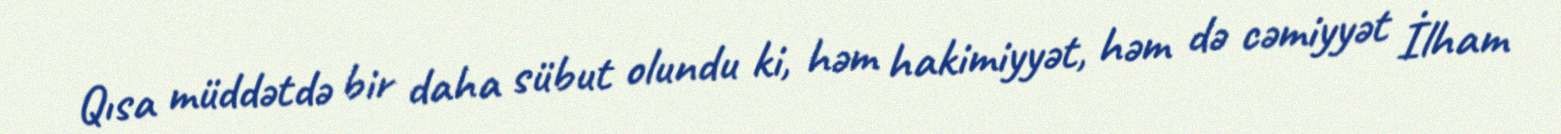
Qısa müddətdə bir daha sübut olundu ki, həm hakimiyyət, həm də cəmiyyət İlham